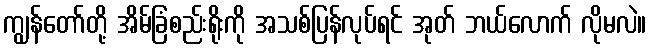
ကျွန်တော်တို့ အိမ်ခြံစည်းရိုးကို အသစ်ပြန်လုပ်ရင် အုတ် ဘယ်လောက် လိုမလဲ။